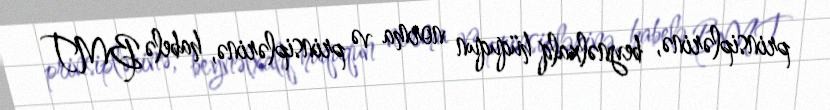
prinsiplərinə, beynəlxalq hüququn norma və prinsiplərinə, habelə BMT